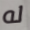
له